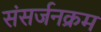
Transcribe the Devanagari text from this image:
संसर्जनक्रम